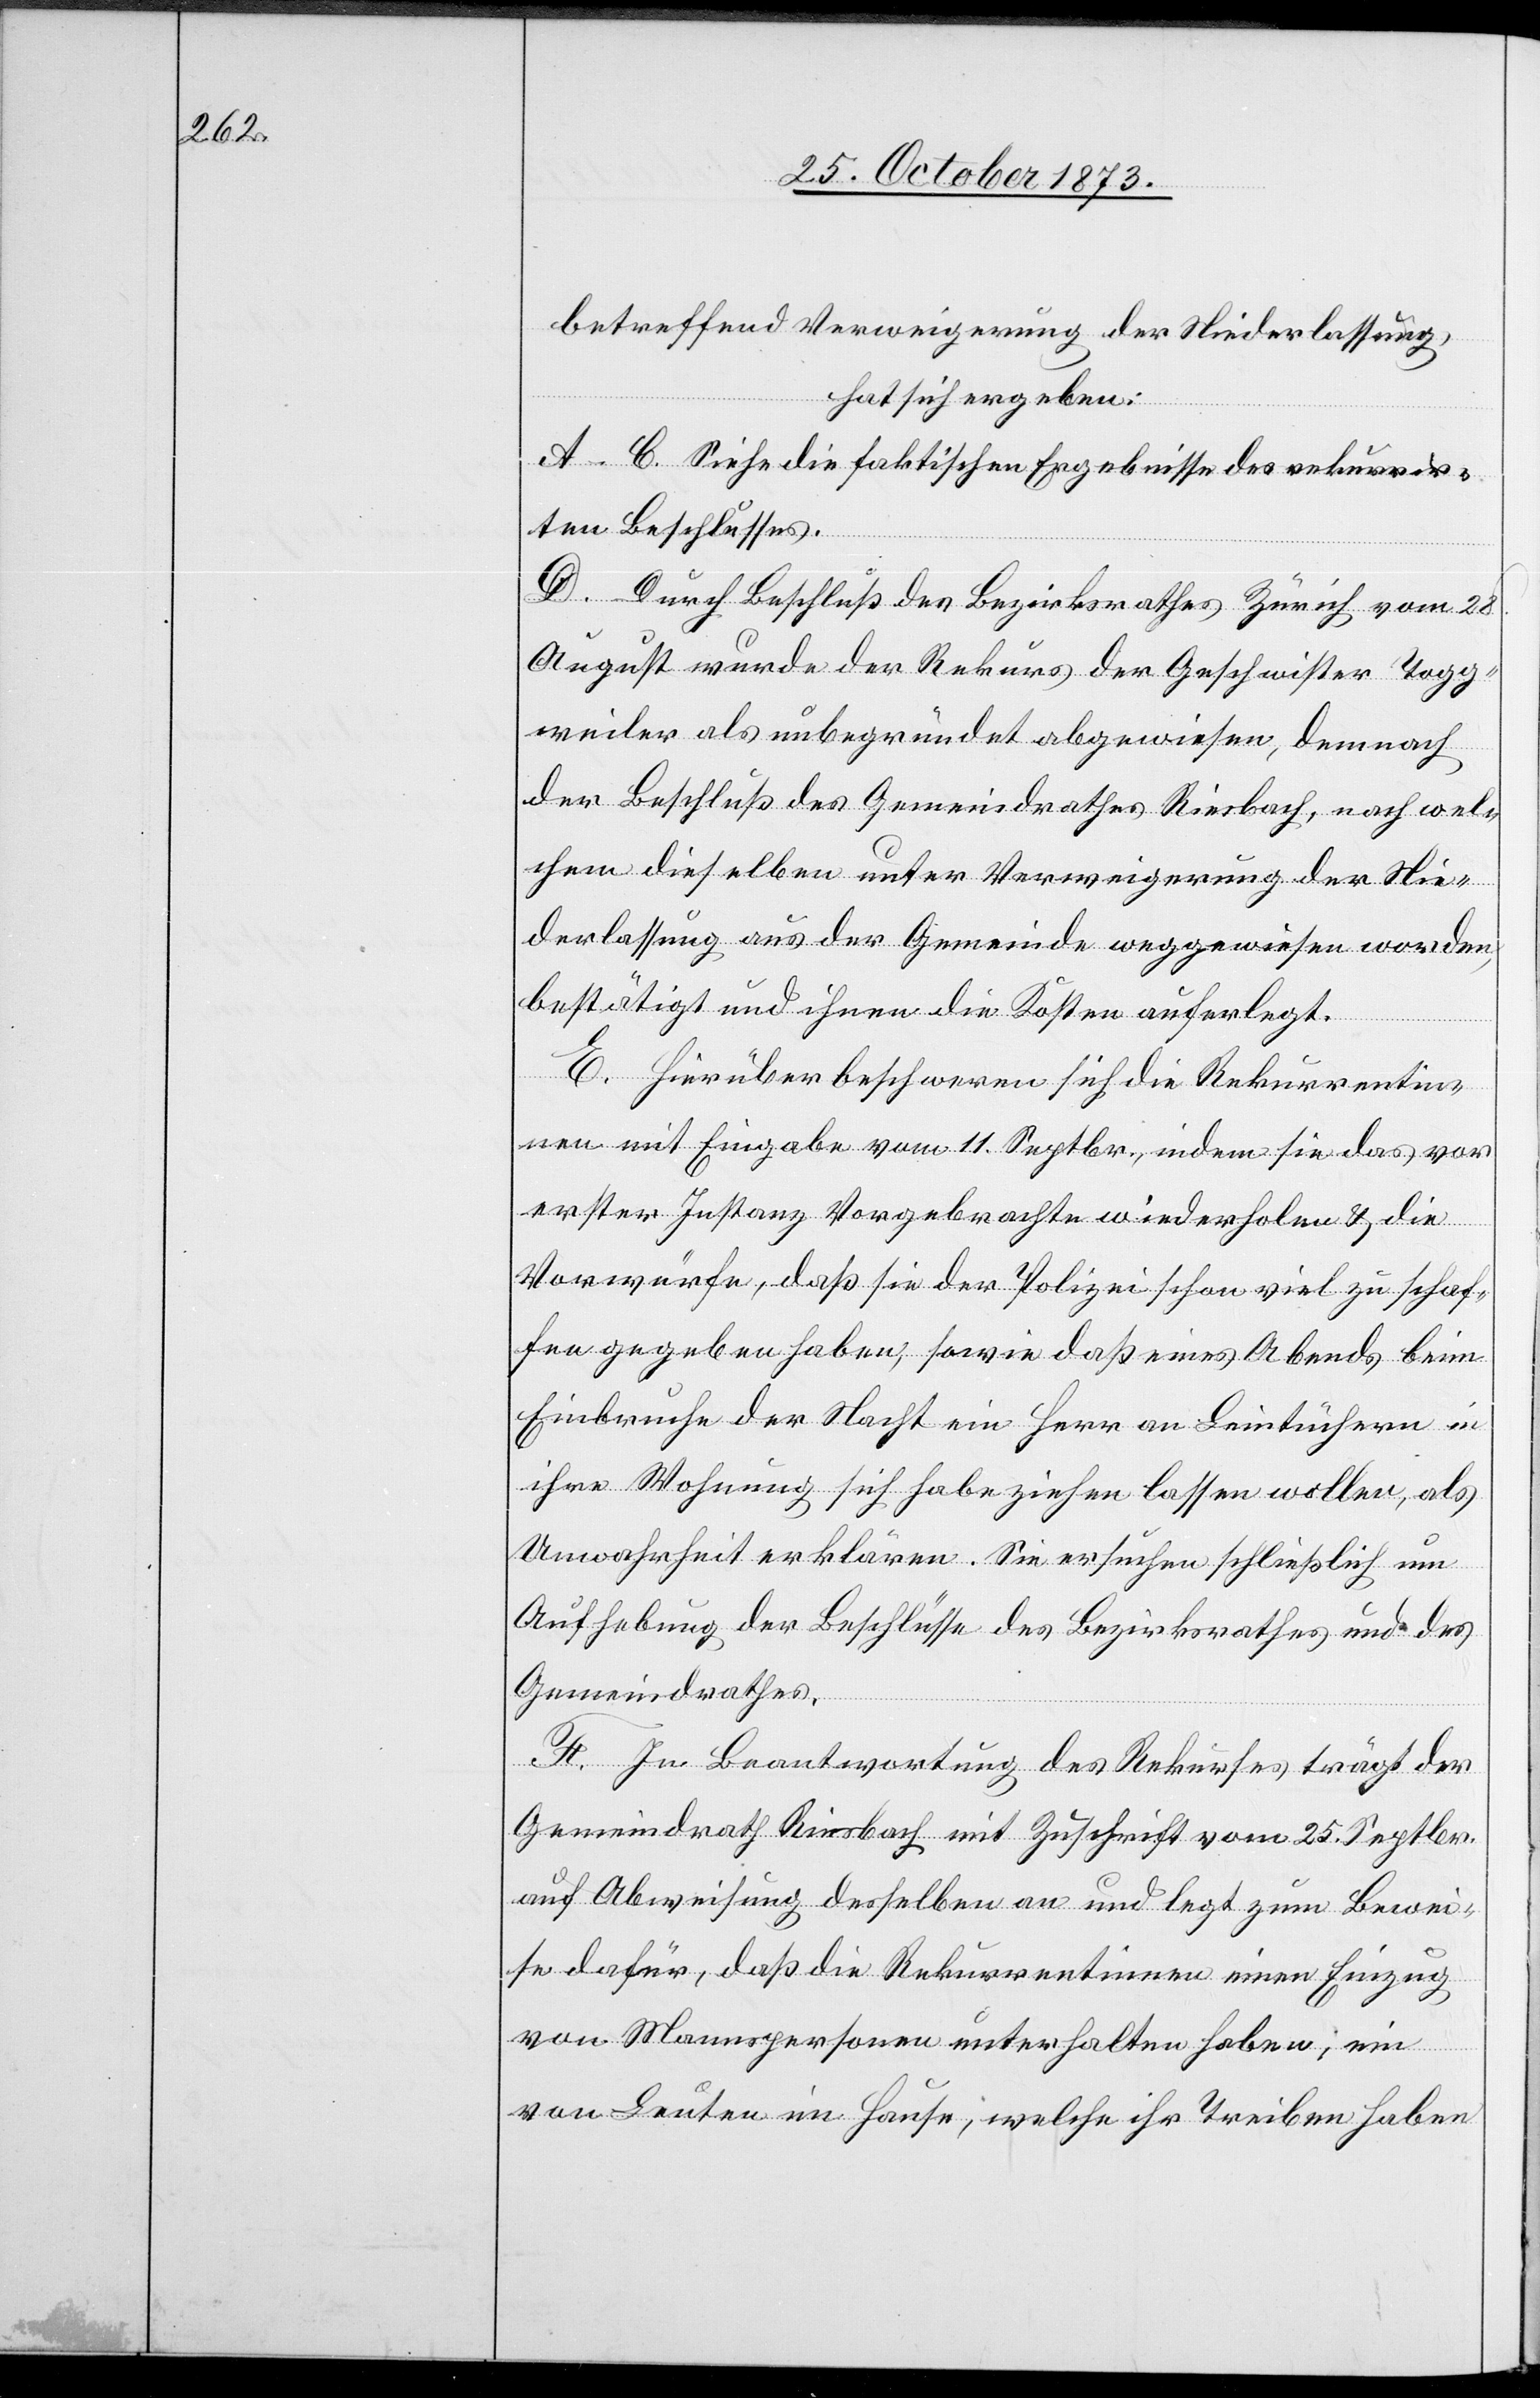
betreffend Verweigerung der Niederlassung,
hat sich ergeben:
A–C. Siehe die faktischen Ergebnisse des rekurrir¬
ten Beschlusses.
D. Durch Beschluß des Bezirksrathes Zürich vom 28.
August wurde der Rekurs der Geschwister Togg¬
weiler als unbegründet abgewiesen, demnach
der Beschluß des Gemeindrathes Riesbach, nach wel¬
chem dieselben unter Verweigerung der Nie¬
derlassung aus der Gemeinde weggewiesen worden,
bestätigt und ihnen die Kosten auferlegt.
E. Hierüber beschweren sich die Rekurrentin¬
nen mit Eingabe vom 11. Septbr., indem sie das vor
erster Instanz Vorgebrachte wiederholen & die
Vorwürfe, daß sie der Polizei schon viel zu schaf¬
fen gegeben haben, sowie daß eines Abends beim
Einbruche der Nacht ein Herr an Leintüchern in
ihre Wohnung sich habe ziehen lassen wollen, als
Unwahrheit erklären. Sie ersuchen schließlich um
Aufhebung der Beschlüsse des Bezirksrathes und des
Gemeindrathes.
F. In Beantwortung des Rekurses trägt der
Gemeindrath Riesbach mit Zuschrift vom 25. Septbr.
auf Abweisung desselben an und legt zum Bewei¬
se dafür, daß die Rekurrentinnen einen Einzug
von Mannspersonen unterhalten haben, ein
von Leuten im Hause, welche ihr Treiben haben